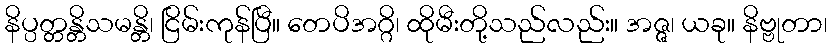
နိပ္ပတ္တန္တိသမန္တိ၊ ငြိမ်းကုန်ပြီ။ တေပိအဂ္ဂိ၊ ထိုမီးတို့သည်လည်း။ အဇ္ဇ၊ ယခု။ နိဗ္ဗုတာ၊